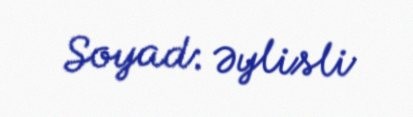
Soyad: Əylisli